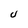
Character: U